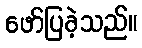
ဖော်ပြခဲ့သည်။